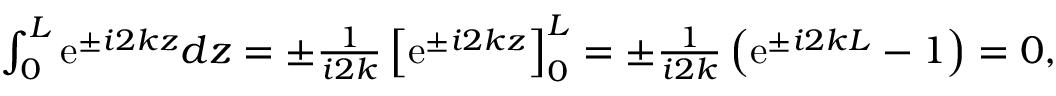
\begin{array} { r } { \int _ { 0 } ^ { L } \mathrm { e } ^ { \pm i 2 k z } d z = \pm \frac { 1 } { i 2 k } \left[ \mathrm { e } ^ { \pm i 2 k z } \right] _ { 0 } ^ { L } = \pm \frac { 1 } { i 2 k } \left( \mathrm { e } ^ { \pm i 2 k L } - 1 \right) = 0 , } \end{array}